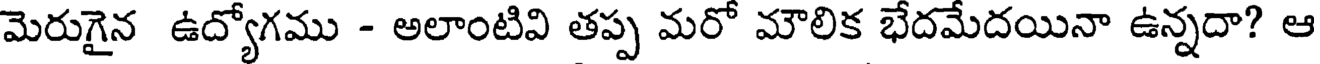
మెరుగైన ఉద్యోగము - అలాంటివి తప్ప మరో మౌలిక భేదమేదయినా ఉన్నదా? ఆ